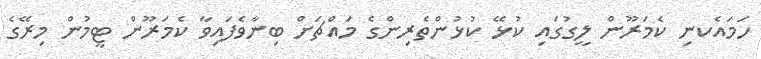
ހަމައެކނި ކެމަރޫން ލީގުގައި ކުޅޭ ކުޅުންތެރިންގެ މައްޗަށް ބިނާވެފައިވާ ކެމަރޫން ޓީމުން މިރޭގެ